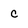
Character: c